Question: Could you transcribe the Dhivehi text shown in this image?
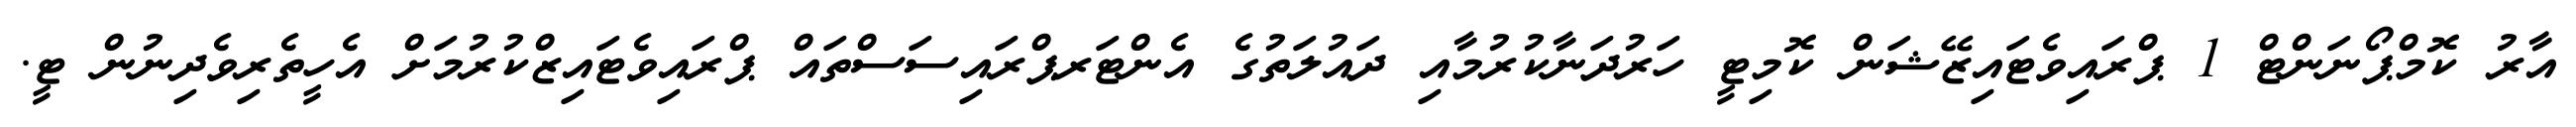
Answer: އާރު ކޮމްޕޯނަންޓް 1 ޕްރައިވެޓައިޒޭޝަން ކޮމިޓީ ހަރުދަނާކުރުމާއި ދައުލަތުގެ އެންޓަރޕްރައިސަސްތައް ޕްރައިވެޓައިޒްކުރުމަށް އެހީތެރިވެދިނުން ޓީ.